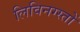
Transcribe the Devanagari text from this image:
लिविनग्स्तों